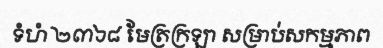
ទំហំ ២៣៦៨ មែត្រក្រឡា សម្រាប់សកម្មភាព